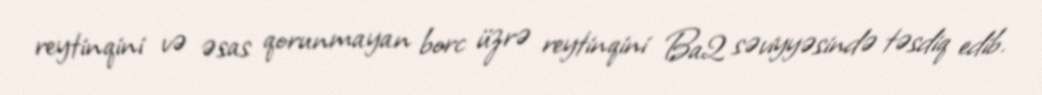
reytinqini və əsas qorunmayan borc üzrə reytinqini Ba2 səviyyəsində təsdiq edib.